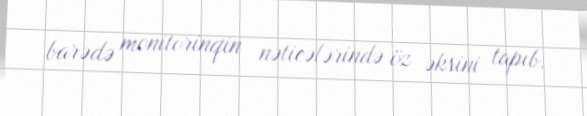
barədə monitorinqin nəticələrində öz əksini tapıb.